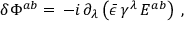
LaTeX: \delta \Phi ^ { a b } = \, - i \, \partial _ { \lambda } \left( \bar { \epsilon } \, \gamma ^ { \lambda } \, E ^ { a b } \right) \; ,